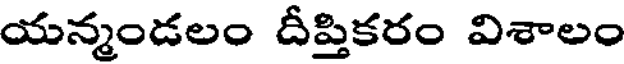
యన్మండలం దీప్తికరం విశాలం